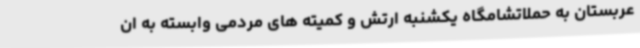
عربستان به حملاتشامگاه یکشنبه ارتش و کمیته های مردمی وابسته به ان